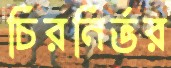
চিরনির্ভর